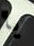
يا